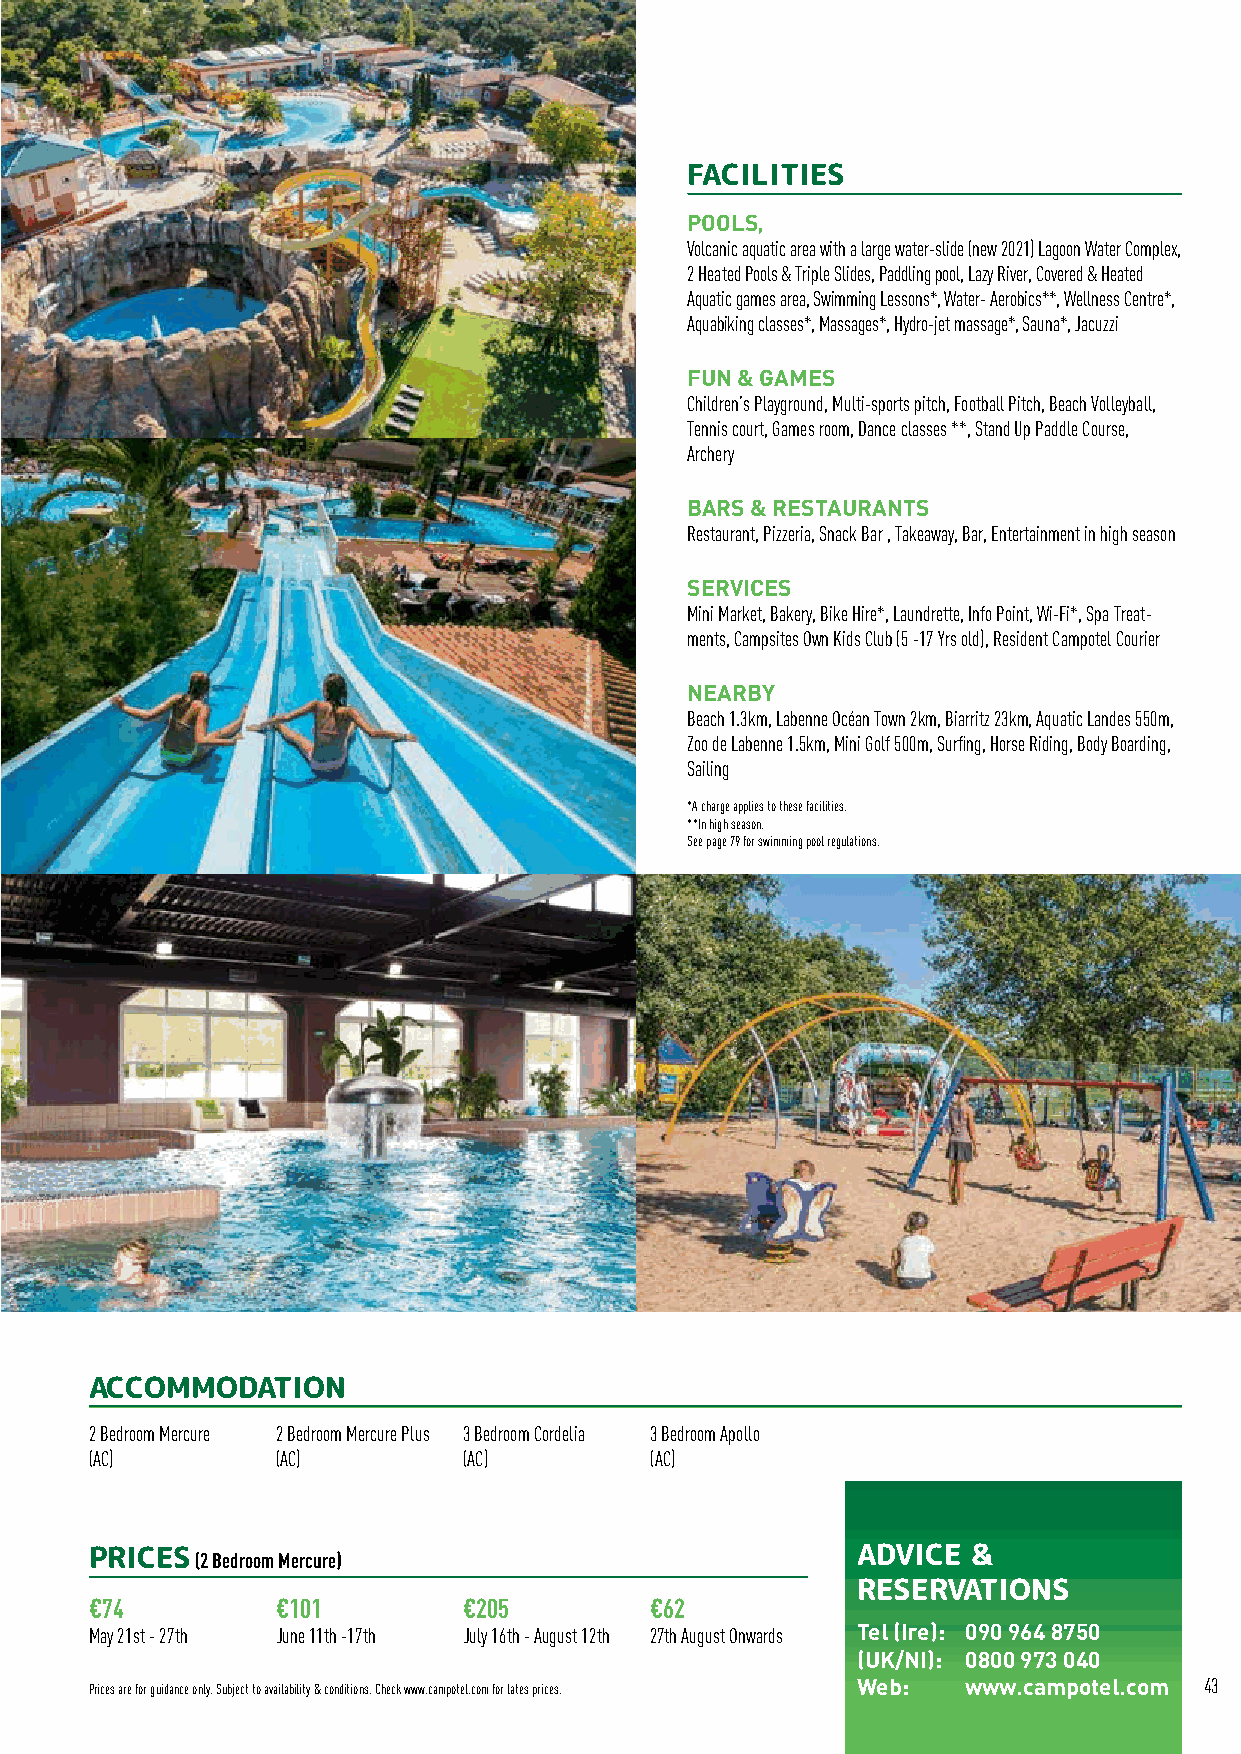
SOUTH WEST FRANCE
 FACILITIES
 POOLS,
 Volcanic aquatic area with a large water-slide (new 2021) Lagoon Water Complex,
 2 Heated Pools & Triple Slides, Paddling pool, Lazy River, Covered & Heated
 Aquatic games area, Swimming Lessons*, Water- Aerobics**, Wellness Centre*,
 Aquabiking classes*, Massages*, Hydro-jet massage*, Sauna*, Jacuzzi
 FUN & GAMES
 Children’s Playground, Multi-sports pitch, Football Pitch, Beach Volleyball,
 Tennis court, Games room, Dance classes **, Stand Up Paddle Course,
 Archery
 BARS & RESTAURANTS
 Restaurant, Pizzeria, Snack Bar , Takeaway, Bar, Entertainment in high season
 SERVICES
 Mini Market, Bakery, Bike Hire*, Laundrette, Info Point, Wi-Fi*, Spa Treat-
 ments, Campsites Own Kids Club (5 -17 Yrs old), Resident Campotel Courier
 NEARBY
 Beach 1.3km, Labenne Océan Town 2km, Biarritz 23km, Aquatic Landes 550m,
 Zoo de Labenne 1.5km, Mini Golf 500m, Surfing, Horse Riding, Body Boarding,
 Sailing
 *A charge applies to these facilities.
 **In high season.
 See page 79 for swimming pool regulations.
 ACCOMMODATION
 2 Bedroom Mercure 2 Bedroom Mercure Plus 3 Bedroom Cordelia 3 Bedroom Apollo
 (AC)        (AC)         (AC)        (AC)
 PRICES (2 Bedroom Mercure)                         ADVICE &
 RESERVATIONS
 €74         €101         €205        €62
 May 21st - 27th June 11th -17th July 16th - August 12th 27th August Onwards Tel (Ire): 090 964 8750
 (UK/NI): 0800 973 040
 Prices are for guidance only. Subject to availability & conditions. Check www.campotel.com for lates prices. Web: www.campotel.com 43